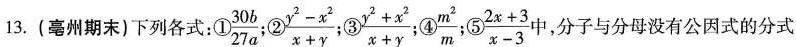
13.(亳州期末)下列各式：①\frac{30b}{27a}；② \frac{y^{2}-x^{2}}{x+y}；③\frac{y^{2}+x^{2}}{x+y}； ④\frac{m^{2}}{m}； ⑤\frac{2x+3}{x-3}中 ，分子与分母没有公因式的分式